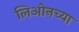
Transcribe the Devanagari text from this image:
लिओनच्या